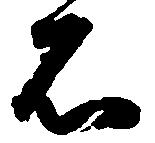
石